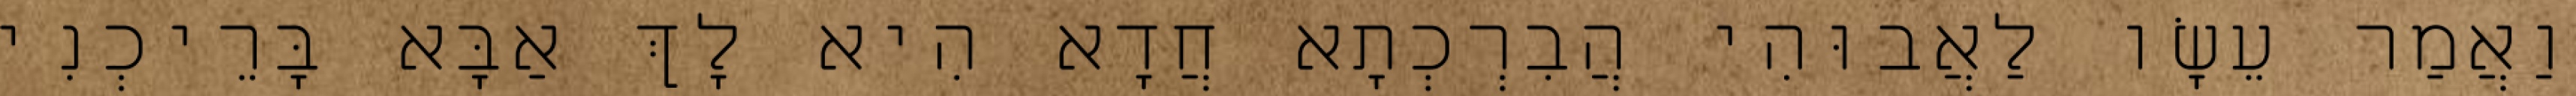
וַאֲמַר עֵשָׂו לַאֲבוּהִי הֲבִרְכְתָא חֲדָא הִיא לָךְ אַבָּא בָּרֵיכְנִי